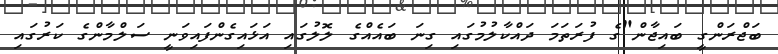
ބަޖްރަންގީ ބައިޖާން"ގެ ފުރަތަމަ ދައްކާލުމުގައި ގިނަ ބައެއްގެ ލޮލުގައި އަޅައިގެންފައިވަނީ ސަލްމާންގެ ކަރުގައި